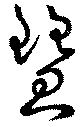
彗